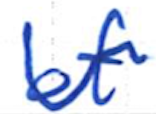
Text: of
Cross-out: wave
Writing tool: ballpoint